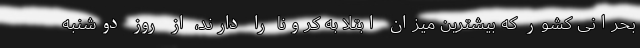
بحرانی کشور که بیشترین میزان ابتلا به کرونا را دارند، از روز دوشنبه